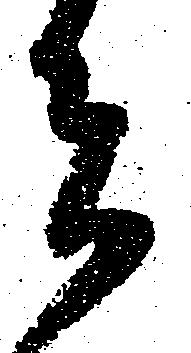
者